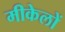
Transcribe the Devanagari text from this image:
मीकेलों